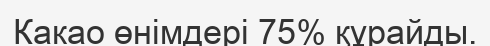
Какао өнімдері 75% құрайды.